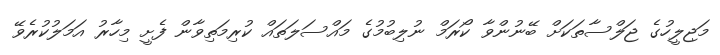
މަޖިލީހުގެ ޖަލްސާތަކަށް ބޭނުންވާ ކޯރަމް ނުލިބުމުގެ މައްސަލަތައް ކުރިމަތިވާން ފެށީ މިހާރު އަމަލުކުރެވޭ